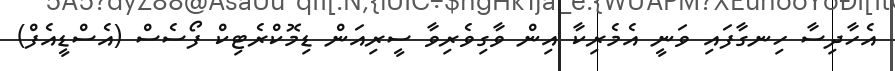
އެހާދިސާ ހިނގާފައި ވަނީ އެމެރިކާ އިން ވާގިވެރިވާ ސީރިއަން ޑިމޮކްރެޓިކް ފޯސެސް (އެސްޑީއެފް)